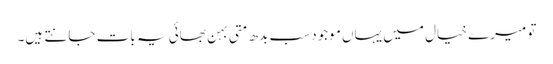
تو میرے خیال میں یہاں موجود سب بدھ متی بہن بھائی یہ بات جانتے ہیں۔